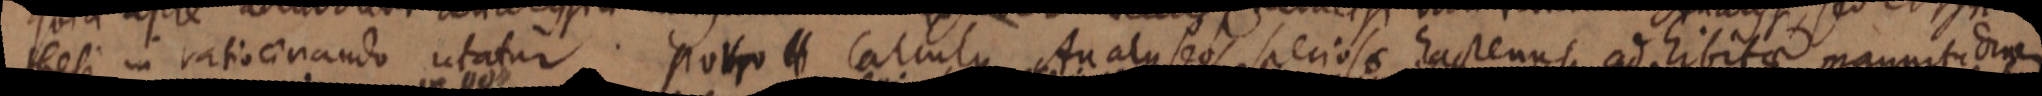
thesi in ratiocinando utatur. Porro H Calculus Analyseos speciosa hactenus adhibitae magnitudine